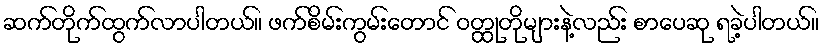
ဆက်တိုက်ထွက်လာပါတယ်။ ဖက်စိမ်းကွမ်းတောင် ဝတ္ထုတိုများနဲ့လည်း စာပေဆု ရခဲ့ပါတယ်။